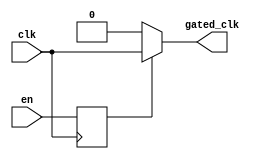
module ClockGatingBuffer (
    input wire clk,        // Input clock signal
    input wire en,        // Enable signal to control the clock gating
    output reg gated_clk   // Output gated clock signal
);

// Internal signal to synchronize 'en' with the clock
reg en_sync;

// Clock gating logic with a flip-flop to avoid glitches
always @(posedge clk) begin
    en_sync <= en; // Synchronize enable signal with clock
end

// Gated clock assignment based on the 'en_sync' signal
always @* begin
    if (en_sync) begin
        gated_clk = clk; // When enable is high, pass the clock through
    end else begin
        gated_clk = 1'b0; // When enable is low, hold the gated clock low
    end
end

endmodule